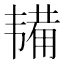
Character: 𫖔